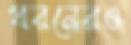
ধরনেরও